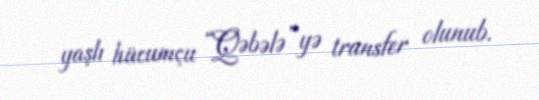
yaşlı hücumçu “Qəbələ”yə transfer olunub.